Indian journal of veterinary science and animal husbandry - Volume 3,
Year: 1933
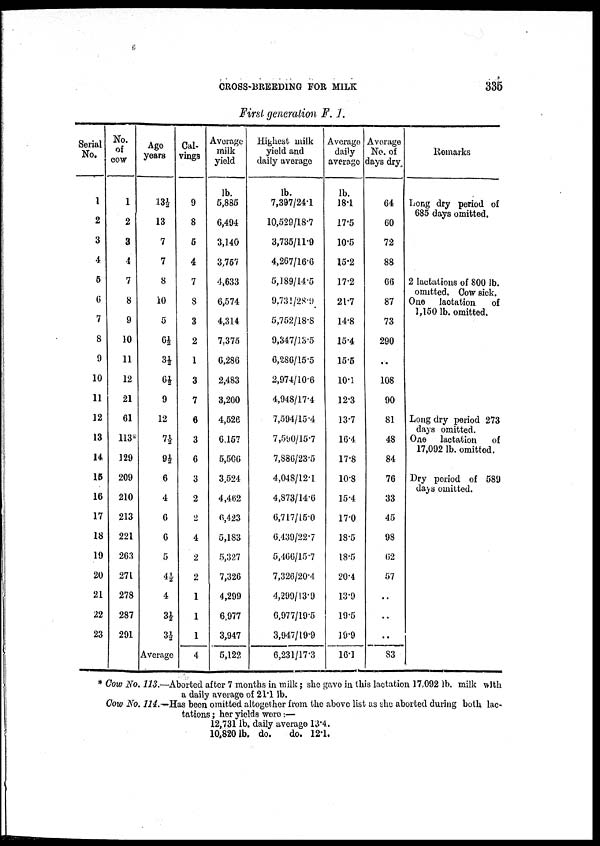
CROSS-BREEDING FOR MILK
335
First generation F. 1.
Serial
No.
1
2
3
4
5
6
7
8
9
10
11
12
13
14
15
16
17
18
19
20
21
22
23
No.
of
cow
1
2
3
4
7
8
9
10
11
12
21
61
113*
129
209
210
213
221
263
271
278
287
291
Age
years
13½
13
7
7
8
10
5
6½
3½
6½
9
12
7½
9½
6
4
6
6
5
4½
4
3½
3½
Average
Cal-
vings
9
8
5
4
7
8
3
2
1
3
7
6
3
6
3
2
2
4
2
2
1
1
1
4
Average
milk
yield
lb.
5,885
6,494
3,140
3,757
4,633
6,574
4,314
7,375
6,286
2,483
3,200
4,526
6,157
5,506
3,524
4,462
6,423
5,183
5,327
7,326
4,299
6,977
3,947
5,122
Highest milk
yield and
daily average
lb.
7,397/24.1
10,529/18.7
3,735/11.9
4,267/16.6
5,189/14.5
9,731/28.9
5,752/18.8
9,347/13.5
6,286/15.5
2,974/10.6
4,948/17.4
7,594/15.4
7,590/15.7
7,886/23.5
4,048/12.1
4,873/14.6
6,717/15.0
6,439/22.7
5,466/15.7
7,326/20.4
4,299/13.9
6,977/19.5
3,947/19.9
6,231/17.3
Average
daily
average
lb.
18.1
17.5
10.5
15.2
17.2
21.7
14.8
15.4
15.5
10.1
12.3
13.7
16.4
17.8
10.8
15.4
17.0
18.5
18.5
20.4
13.9
19.5
19.9
16.1
Average
No. of
days dry.
64
60
72
88
66
87
73
290
..
108
90
81
48
84
76
33
45
98
62
57
..
..
..
83
Remarks
Long dry period of
685 days omitted.
2 lactations of 800 lb.
omitted. Cow sick.
One
lactation
of
1,150 lb. omitted.
Long dry period 273
days omitted.
One
lactation
of
17,092 lb. omitted.
Dry period of 589
days omitted.
* Cow No. 113.—Aborted after 7 months in milk; she gave in this lactation 17,092 lb. milk with
a daily average of 21.1 lb.
Cow No. 114.—Has been omitted altogether from the above list as she aborted during both lac-
tations ; her yields were:—
12,731 lb. daily average 13.4.
10,820 lb. do.
do. 12.1.